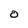
Character: O